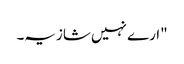
"ارے نہیں شازیہ۔